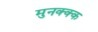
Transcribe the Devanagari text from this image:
मुनक्क्क